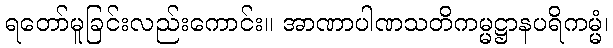
ရတော်မူခြင်းလည်းကောင်း။ အာဏာပါဏသတိကမ္မဋ္ဌာနပရိကမ္မံ၊